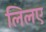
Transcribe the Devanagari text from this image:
लिलए